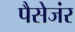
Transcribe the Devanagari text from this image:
पैसेजंर